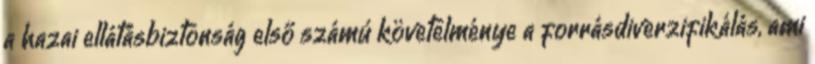
a hazai ellátásbiztonság első számú követelménye a forrásdiverzifikálás, ami